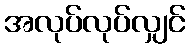
အလုပ်လုပ်လျှင်